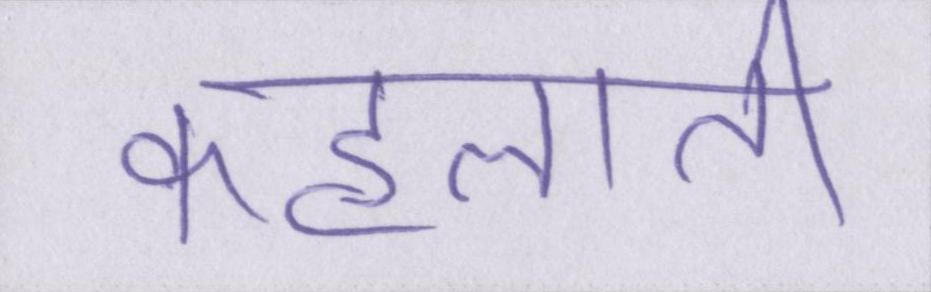
कहलाती